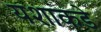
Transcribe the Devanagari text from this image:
यशाकडे